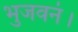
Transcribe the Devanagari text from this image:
भुजवनं।